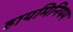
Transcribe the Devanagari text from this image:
हायमिनियम